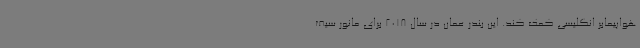
هواپیمابر انگلیسی کمک کند. این بندر عمان در سال 2018 برای مانور سیف